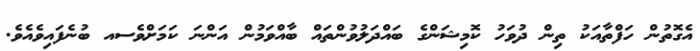
އެގޮތުން ހަފްތާއަކު ތިން ދުވަހު ކޮމިޝަންގެ ބައްދަލުވުންތައް ބާއްވަމުން އަންނަ ކަމަށްވެސއ ބުނެފައިވެއެވެ.